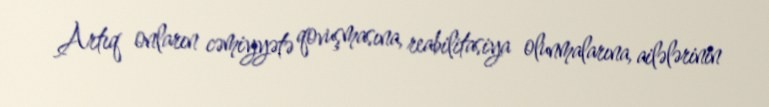
Artıq onların cəmiyyətə qovuşmasına, reabilitasiya olunmalarına, ailələrinin